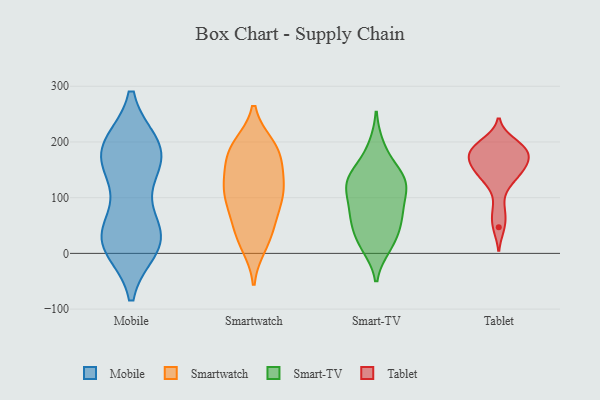
{"axis": {"x": "Churn Rate (%)", "y": "Value"}, "legend": ["Mobile", "Smart-TV", "Smartwatch", "Tablet"], "data": [{"x": "", "y": 27, "type": "Mobile"}, {"x": "", "y": 28, "type": "Mobile"}, {"x": "", "y": 162, "type": "Mobile"}, {"x": "", "y": 191, "type": "Mobile"}, {"x": "", "y": 190, "type": "Mobile"}, {"x": "", "y": 160, "type": "Mobile"}, {"x": "", "y": 27, "type": "Mobile"}, {"x": "", "y": 193, "type": "Mobile"}, {"x": "", "y": 25, "type": "Mobile"}, {"x": "", "y": 21, "type": "Mobile"}, {"x": "", "y": 12, "type": "Mobile"}, {"x": "", "y": 175, "type": "Mobile"}, {"x": "", "y": 118, "type": "Mobile"}, {"x": "", "y": 43, "type": "Mobile"}, {"x": "", "y": 194, "type": "Mobile"}, {"x": "", "y": 53, "type": "Smartwatch"}, {"x": "", "y": 194, "type": "Smartwatch"}, {"x": "", "y": 143, "type": "Smartwatch"}, {"x": "", "y": 94, "type": "Smartwatch"}, {"x": "", "y": 177, "type": "Smartwatch"}, {"x": "", "y": 193, "type": "Smartwatch"}, {"x": "", "y": 195, "type": "Smartwatch"}, {"x": "", "y": 112, "type": "Smartwatch"}, {"x": "", "y": 122, "type": "Smartwatch"}, {"x": "", "y": 120, "type": "Smartwatch"}, {"x": "", "y": 187, "type": "Smartwatch"}, {"x": "", "y": 13, "type": "Smartwatch"}, {"x": "", "y": 160, "type": "Smartwatch"}, {"x": "", "y": 91, "type": "Smartwatch"}, {"x": "", "y": 110, "type": "Smartwatch"}, {"x": "", "y": 153, "type": "Smartwatch"}, {"x": "", "y": 46, "type": "Smartwatch"}, {"x": "", "y": 16, "type": "Smartwatch"}, {"x": "", "y": 43, "type": "Smartwatch"}, {"x": "", "y": 88, "type": "Smartwatch"}, {"x": "", "y": 35, "type": "Smart-TV"}, {"x": "", "y": 87, "type": "Smart-TV"}, {"x": "", "y": 128, "type": "Smart-TV"}, {"x": "", "y": 125, "type": "Smart-TV"}, {"x": "", "y": 12, "type": "Smart-TV"}, {"x": "", "y": 61, "type": "Smart-TV"}, {"x": "", "y": 114, "type": "Smart-TV"}, {"x": "", "y": 139, "type": "Smart-TV"}, {"x": "", "y": 71, "type": "Smart-TV"}, {"x": "", "y": 16, "type": "Smart-TV"}, {"x": "", "y": 192, "type": "Smart-TV"}, {"x": "", "y": 62, "type": "Smart-TV"}, {"x": "", "y": 122, "type": "Smart-TV"}, {"x": "", "y": 154, "type": "Smart-TV"}, {"x": "", "y": 148, "type": "Tablet"}, {"x": "", "y": 175, "type": "Tablet"}, {"x": "", "y": 178, "type": "Tablet"}, {"x": "", "y": 47, "type": "Tablet"}, {"x": "", "y": 122, "type": "Tablet"}, {"x": "", "y": 185, "type": "Tablet"}, {"x": "", "y": 152, "type": "Tablet"}, {"x": "", "y": 195, "type": "Tablet"}, {"x": "", "y": 140, "type": "Tablet"}, {"x": "", "y": 200, "type": "Tablet"}, {"x": "", "y": 160, "type": "Tablet"}, {"x": "", "y": 76, "type": "Tablet"}, {"x": "", "y": 179, "type": "Tablet"}]}